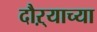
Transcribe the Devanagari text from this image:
दौऱ्याच्या